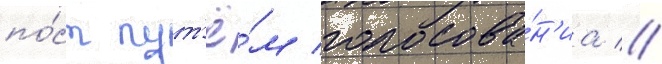
по́ст пут'ё́м голосова́н'иа //